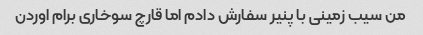
من سیب زمینی با پنیر سفارش دادم اما قارچ سوخاری برام اوردن